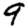
Digit: 9